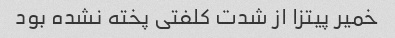
خمیر پیتزا از شدت کلفتی پخته نشده بود